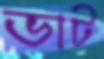
ভাট